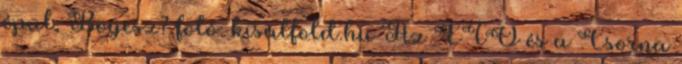
épül, Bogesz? fotó: kisalfold.hu Az ETO és a Csorna